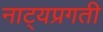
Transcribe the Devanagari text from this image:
नाट्यप्रगती